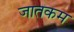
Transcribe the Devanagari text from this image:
जातकम